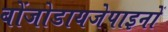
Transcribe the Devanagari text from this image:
बोंजोडायजेपाइनों